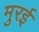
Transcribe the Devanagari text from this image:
मुरई